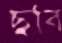
ছবি